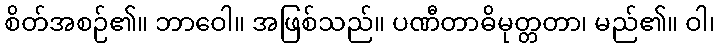
စိတ်အစဉ်၏။ ဘာဝေါ။ အဖြစ်သည်။ ပဏီတာဓိမုတ္တတာ၊ မည်၏။ ဝါ၊